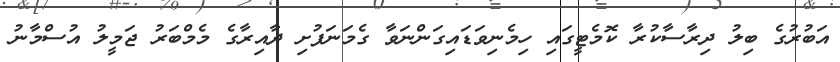
އަބުރުގެ ބިލު ދިރާސާކުރާ ކޮމެޓީގައި ހިމެނިވަޑައިގަންނަވާ ގެމަނަފުށި ދާއިރާގެ މެމްބަރު ޖަމީލު އުސްމާނު